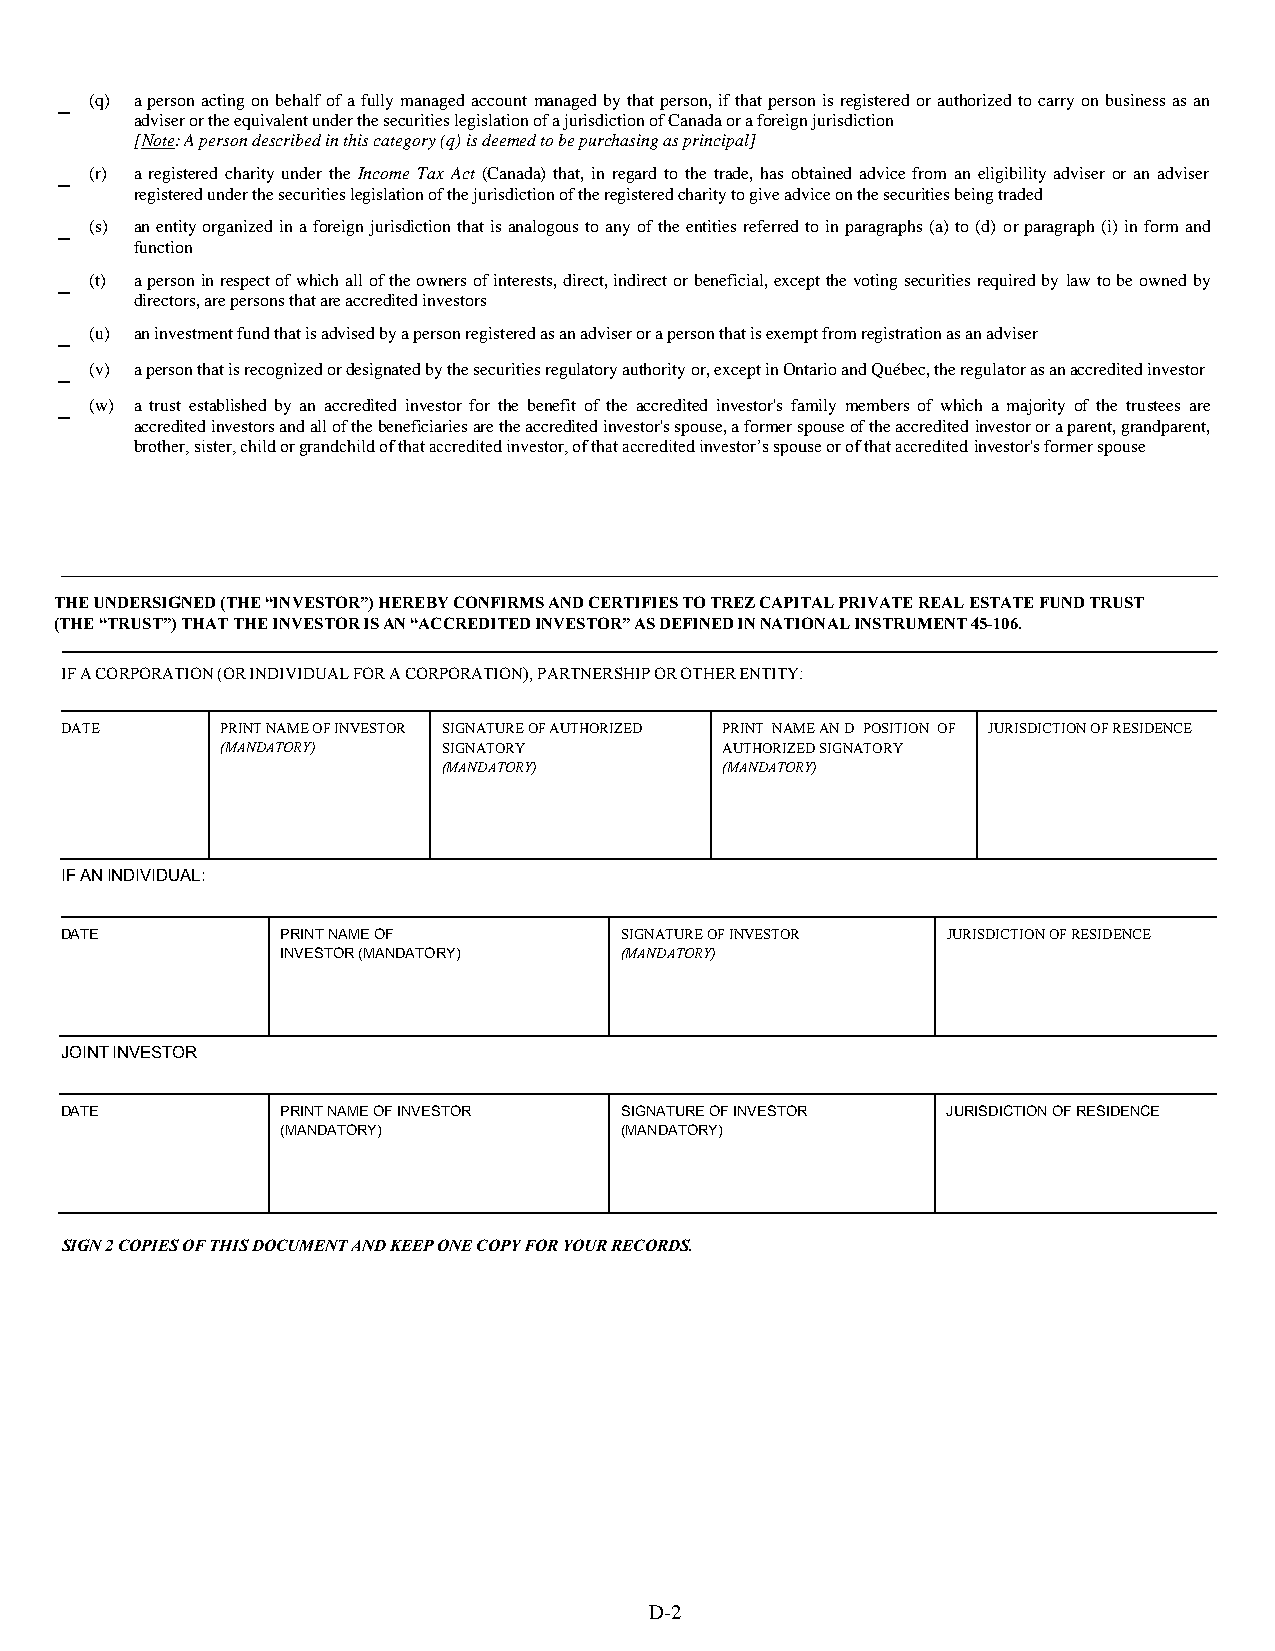
(q) a person acting on behalf of a fully managed account managed by that person, if that person is registered or authorized to carry on business as an
 adviser or the equivalent under the securities legislation of a jurisdiction of Canada or a foreign jurisdiction
 [Note: A person described in this category (q) is deemed to be purchasing as principal]
 (r) a registered charity under the Income Tax Act (Canada) that, in regard to the trade, has obtained advice from an eligibility adviser or an adviser
 registered under the securities legislation of the jurisdiction of the registered charity to give advice on the securities being traded
 (s) an entity organized in a foreign jurisdiction that is analogous to any of the entities referred to in paragraphs (a) to (d) or paragraph (i) in form and
 function
 (t) a person in respect of which all of the owners of interests, direct, indirect or beneficial, except the voting securities required by law to be owned by
 directors, are persons that are accredited investors
 (u) an investment fund that is advised by a person registered as an adviser or a person that is exempt from registration as an adviser
 (v) a person that is recognized or designated by the securities regulatory authority or, except in Ontario and Québec, the regulator as an accredited investor
 (w) a trust established by an accredited investor for the benefit of the accredited investor's family members of which a majority of the trustees are
 accredited investors and all of the beneficiaries are the accredited investor's spouse, a former spouse of the accredited investor or a parent, grandparent,
 brother, sister, child or grandchild of that accredited investor, of that accredited investor’s spouse or of that accredited investor's former spouse
 THE UNDERSIGNED (THE “INVESTOR”) HEREBY CONFIRMS AND CERTIFIES TO TREZ CAPITAL PRIVATE REAL ESTATE FUND TRUST
 (THE “TRUST”) THAT THE INVESTOR IS AN “ACCREDITED INVESTOR” AS DEFINED IN NATIONAL INSTRUMENT 45-106.
 IF A CORPORATION (OR INDIVIDUAL FOR A CORPORATION), PARTNERSHIP OR OTHER ENTITY:
 DATE       PRINT NAME OF INVESTOR SIGNATURE OF AUTHORIZED PRINT NAME AN D POSITION OF JURISDICTION OF RESIDENCE
 (MANDATORY)   SIGNATORY          AUTHORIZED SIGNATORY
 (MANDATORY)        (MANDATORY)
 IF AN INDIVIDUAL:
 DATE           PRINT NAME OF         SIGNATURE OF INVESTOR JURISDICTION OF RESIDENCE
 INVESTOR (MANDATORY)  (MANDATORY)
 JOINT INVESTOR
 DATE           PRINT NAME OF INVESTOR SIGNATURE OF INVESTOR JURISDICTION OF RESIDENCE
 (MANDATORY)           (MANDATORY)
 SIGN 2 COPIES OF THIS DOCUMENT AND KEEP ONE COPY FOR YOUR RECORDS.
 D-2